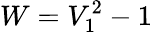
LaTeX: W=V_{1}^{2}-1